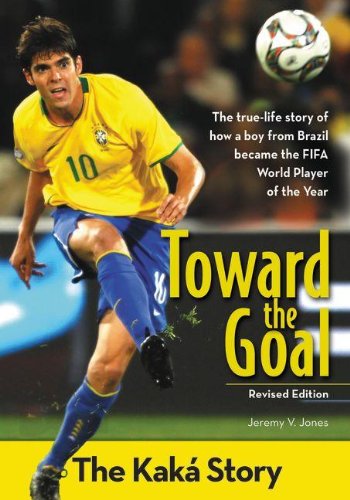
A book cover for Toward the Goal, Revised Edition: The KakÃ¡ Story (ZonderKidz Biography); Jeremy V. Jones; Children's Books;